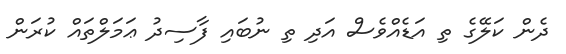
ދެން ކަލޭގެ ތި އަޑެއްވެސް އަދި ތި ނުބައި ފާސިދު ޢަމަލްތައް ކުރަން